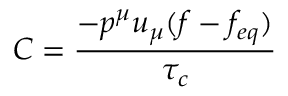
C = { \frac { - { p ^ { \mu } u _ { \mu } ( f - f _ { e q } ) } } { \tau _ { c } } }